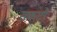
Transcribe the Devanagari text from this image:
सकटो